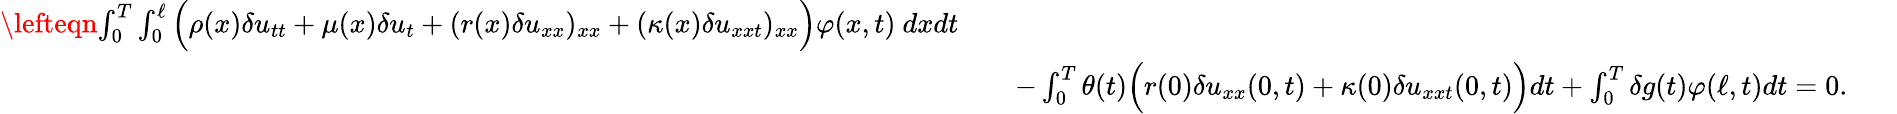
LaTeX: \begin{array}{rlr}{\lefteqn{\int_{0}^{T}\int_{0}^{\ell}\Big(\rho(x)\delta u_{tt}+\mu(x)\delta u_{t}+(r(x)\delta u_{xx})_{xx}+(\kappa(x)\delta u_{xxt})_{xx}\Big)\varphi(x,t)\ dxdt}}\\ &{}&{-\int_{0}^{T}\theta(t)\Big(r(0)\delta u_{xx}(0,t)+\kappa(0)\delta u_{xxt}(0,t)\Big)dt+\int_{0}^{T}\delta g(t)\varphi(\ell,t)dt=0.~~~~~~~}\end{array}